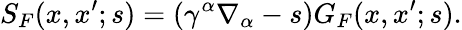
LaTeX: S_{F}(x,x^{\prime};s)=(\gamma^{\alpha}\nabla_{\alpha}-s)G_{F}(x,x^{\prime};s).